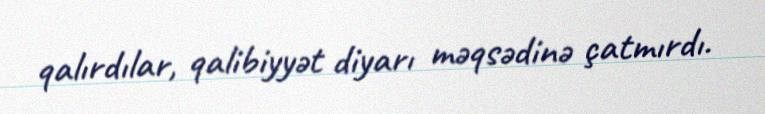
qalırdılar, qalibiyyət diyarı məqsədinə çatmırdı.